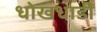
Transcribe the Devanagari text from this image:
धोखधाडी